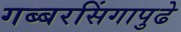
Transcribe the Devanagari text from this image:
गब्बरसिंगापुढे